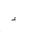
Letter: _hamza